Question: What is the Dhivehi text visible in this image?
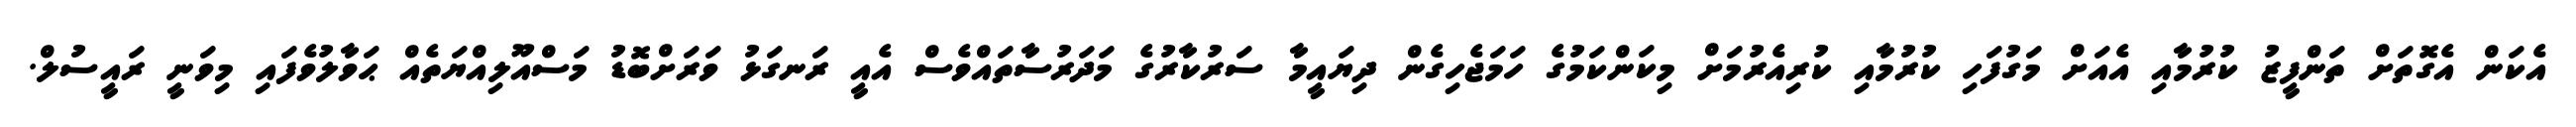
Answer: އެކަން އެގޮތަށް ތަންފީޒު ކުރުމާއި އެއަށް މަގުފަހި ކުރުމާއި ކުރިއެރުމަށް މިކަންކަމުގެ ހަމަޖެހިގެން ދިޔައީމާ ސަރުކާރުގެ މަދަރުސާތައްވެސް އެއީ ރަނގަޅު ވަރަށްބޮޑު މަސްއޫލިއްޔަތެއް ޙަވާލުވެފައި މިވަނީ ރައީސުލް.